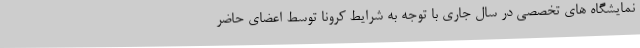
نمایشگاه های تخصصی در سال جاری با توجه به شرایط کرونا توسط اعضای حاضر